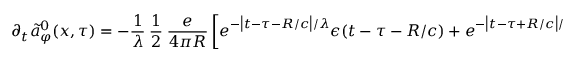
\partial _ { t } \tilde { a } _ { \varphi } ^ { 0 } ( x , \tau ) = - \frac { 1 } { \lambda } \ \frac 1 2 \ \frac { e } { 4 \pi R } \left[ e ^ { - \bigl | t - \tau - R / c \bigr | / \lambda } \epsilon ( t - \tau - R / c ) + e ^ { - \bigl | t - \tau + R / c \bigr | / \lambda } \epsilon ( t - \tau + R / c ) \right]